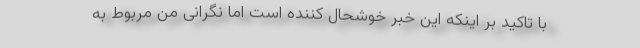
با تاکید بر اینکه این خبر خوشحال کننده است اما نگرانی من مربوط به